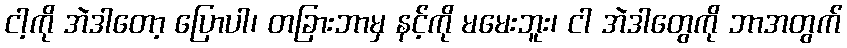
ငါ့ကို အဲဒါတော့ ပြောပါ၊ တခြားဘာမှ နင့်ကို မမေးဘူး၊ ငါ အဲဒါတွေကို ဘာအတွက်